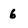
Character: 6